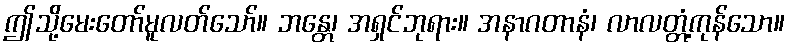
ဤသို့မေးတော်မူလတ်သော်။ ဘန္တေ၊ အရှင်ဘုရား။ အနာဂတာနံ၊ လာလတ္တံ့ကုန်သော။